Indian journal of veterinary science and animal husbandry - Volume 2,
Year: 1932
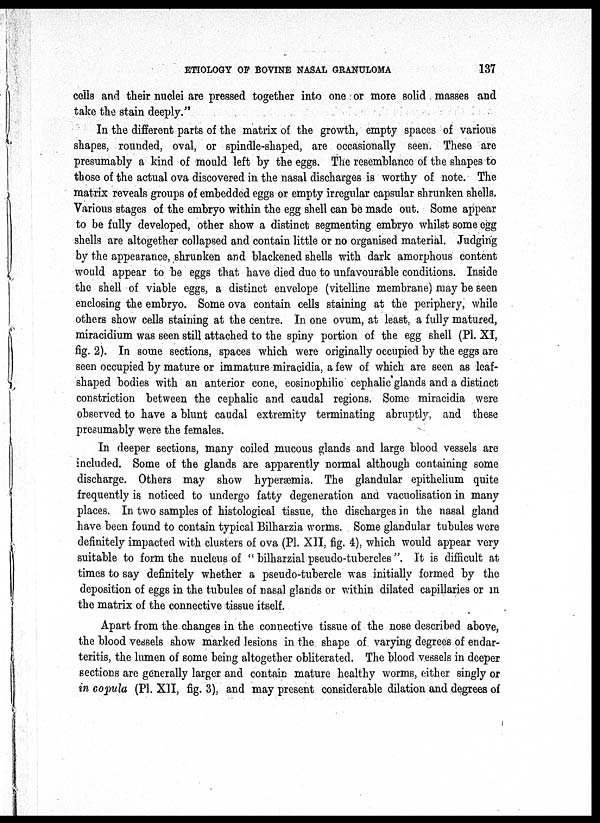
ETIOLOGY OF BOVINE NASAL GRANULOMA
137
cells and their nuclei are pressed together into one or more solid masses and
take the stain deeply."
In the different parts of the matrix of the growth, empty spaces of various
shapes, rounded, oval, or spindle-shaped, are occasionally seen. These are
presumably a kind of mould left by the eggs. The resemblance of the shapes to
those of the actual ova discovered in the nasal discharges is worthy of note. The
matrix reveals groups of embedded eggs or empty irregular capsular shrunken shells.
Various stages of the embryo within the egg shell can be made out. Some appear
to be fully developed, other show a distinct segmenting embryo whilst some egg
shells are altogether collapsed and contain little or no organised material. Judging
by the appearance, shrunken and blackened shells with dark amorphous content
would appear to be eggs that have died due to unfavourable conditions. Inside
the shell of viable eggs, a distinct envelope (vitelline membrane) may be seen
enclosing the embryo. Some ova contain cells staining at the periphery, while
others show cells staining at the centre. In one ovum, at least, a fully matured,
miracidium was seen still attached to the spiny portion of the egg shell (PI. XI,
fig. 2). In some sections, spaces which were originally occupied by the eggs are
seen occupied by mature or immature miracidia, a few of which are seen as leaf-
shaped bodies with an anterior cone, eosinophilic cephalic glands and a distinct
constriction between the cephalic and caudal regions. Some miracidia were
observed to have a blunt caudal extremity terminating abruptly, and these
presumably were the females.
In deeper sections, many coiled mucous glands and large blood vessels are
included. Some of the glands are apparently normal although containing some
discharge. Others may show hyperæmia. The glandular epithelium quite
frequently is noticed to undergo fatty degeneration and vacuolisation in many
places. In two samples of histological tissue, the discharges in the nasal gland
have been found to contain typical Bilharzia worms. Some glandular tubules were
definitely impacted with clusters of ova (Pl. XII, fig. 4), which would appear very
suitable to form the nucleus of "bilharzial pseudo-tubercles". It is difficult at
times to say definitely whether a pseudo-tubercle was initially formed by the
deposition of eggs in the tubules of nasal glands or within dilated capillaries or in
the matrix of the connective tissue itself.
Apart from the changes in the connective tissue of the nose described above,
the blood vessels show marked lesions in the shape of varying degrees of endar-
teritis, the lumen of some being altogether obliterated. The blood vessels in deeper
sections are generally larger and contain mature healthy worms, either singly or
in copula (Pl. XII, fig. 3), and may present considerable dilation and degrees of